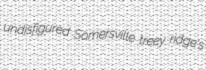
undisfigured Somersville treey ridge's